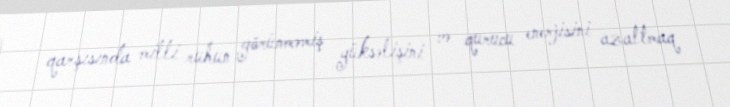
qarşısında milli ruhun görünməmiş yüksəlişini və qurucu enerjisini azaltmaq